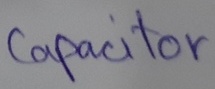
Text: Capacitor